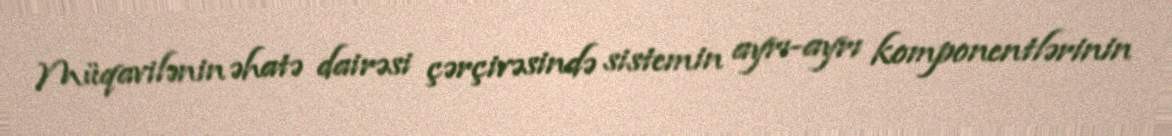
Müqavilənin əhatə dairəsi çərçivəsində sistemin ayrı-ayrı komponentlərinin